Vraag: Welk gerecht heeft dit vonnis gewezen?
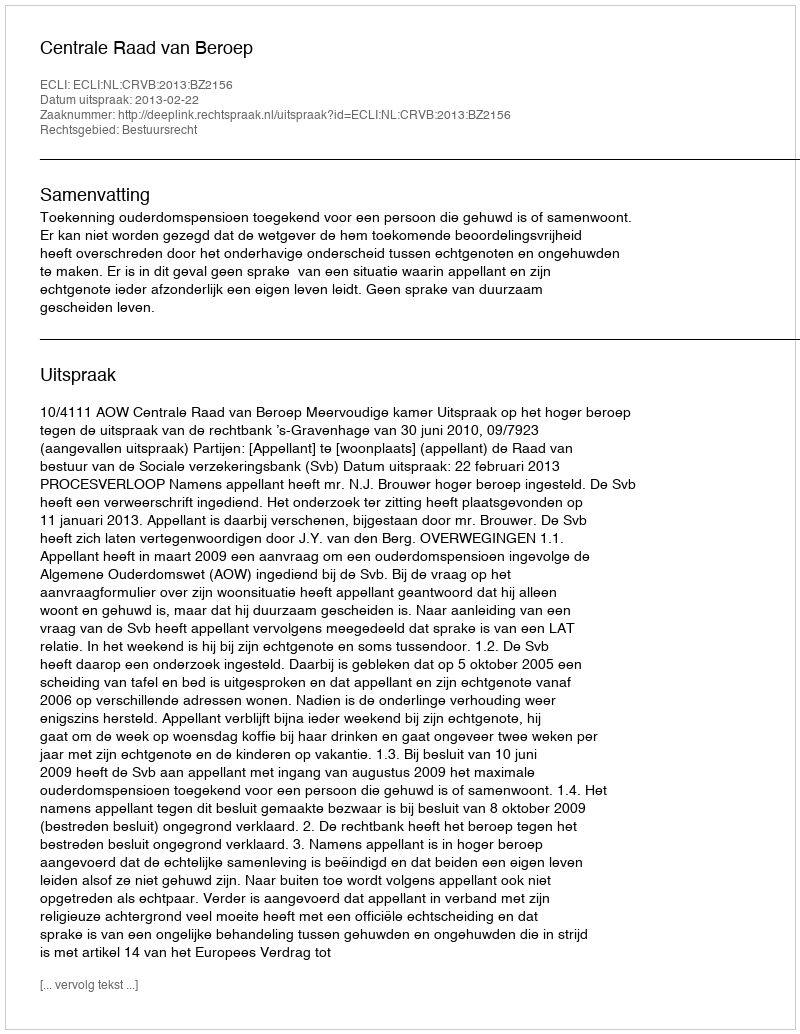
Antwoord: Centrale Raad van Beroep